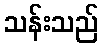
သန်းသည်